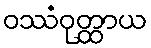
ဝဿံဝုတ္ထာယ